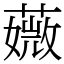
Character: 𦾡